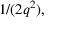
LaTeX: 1 / ( 2 q ^ { 2 } ) ,